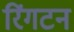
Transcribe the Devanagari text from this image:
रिंगटन